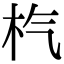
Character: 𣏙